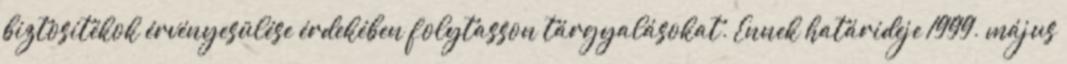
biztosítékok érvényesülése érdekében folytasson tárgyalásokat. Ennek határideje 1999. május